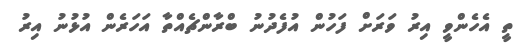
ތީ އެހެންވީ އިރު ވަރަށް ފަހުން އުފެދުނު ބްރާންޗެއްތާ އަހަރެން އުޅުނު އިރު